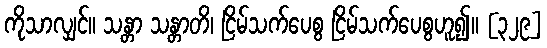
ကိုသာလျှင်။ သန္တာ သန္တာတိ၊ ငြိမ်သက်ပေစွ ငြိမ်သက်ပေစွဟူ၍။ [၃၂၉]